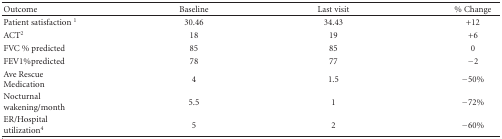
<table><thead><tr><td><b>Outcome</b></td><td><b>Baseline</b></td><td><b>Last visit</b></td><td><b>% Change</b></td></tr></thead><tbody><tr><td>Patient satisfaction <sup>1</sup></td><td>30.46</td><td>34.43</td><td>+12</td></tr><tr><td>ACT<sup>2</sup></td><td>18</td><td>19</td><td>+6</td></tr><tr><td>FVC % predicted</td><td>85</td><td>85</td><td>0</td></tr><tr><td>FEV1%predicted</td><td>78</td><td>77</td><td>−2</td></tr><tr><td>Ave Rescue Medication</td><td>4</td><td>1.5</td><td>−50%</td></tr><tr><td>Nocturnal wakening/month</td><td>5.5</td><td>1</td><td>−72%</td></tr><tr><td>ER/Hospital utilization<b><sup>4</sup></b></td><td>5</td><td>2</td><td>−60%</td></tr></tbody></table>